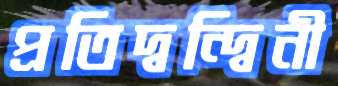
প্রতিদ্বন্দ্বিনী